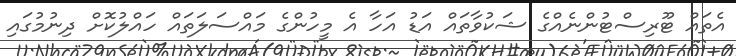
އެތައް ޓޫރިސްޓުންނެއްގެ ޝަކުވާތައް އަޑު އަހާ އެ މީހުންގެ މައްސަލަތައް ހައްލުކޮށް ދިނުމުގައި